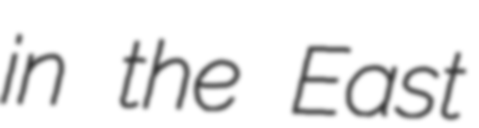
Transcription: in the East